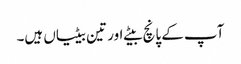
آپ کے پانچ بیٹے اور تین بیٹیاں ہیں۔